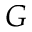
G